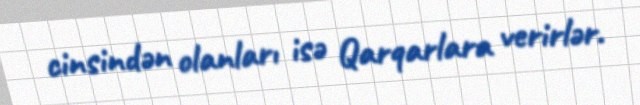
cinsindən olanları isə Qarqarlara verirlər.